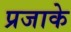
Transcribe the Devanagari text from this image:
प्रजाके